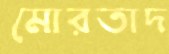
মোরতাদ